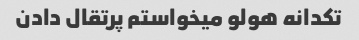
تکدانه هولو میخواستم پرتقال دادن